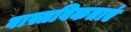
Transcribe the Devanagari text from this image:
वास्तविकताएं